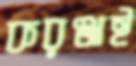
করঞ্জাই